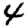
Digit: 4